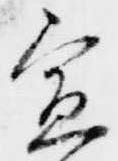
宣